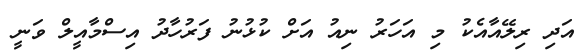
އަދި ރިލޭއާއެކު މި އަހަރު ނިއު އަށް ކުޅުނު ފަރުހާދު އިސްމާއީލް ވަނީ